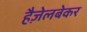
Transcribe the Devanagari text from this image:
हैज़ेलबेकर